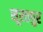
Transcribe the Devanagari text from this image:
सूरतपुर